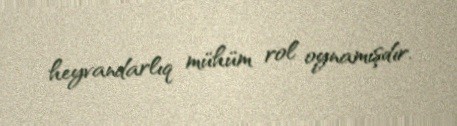
heyvandarlıq mühüm rol oynamışdır.